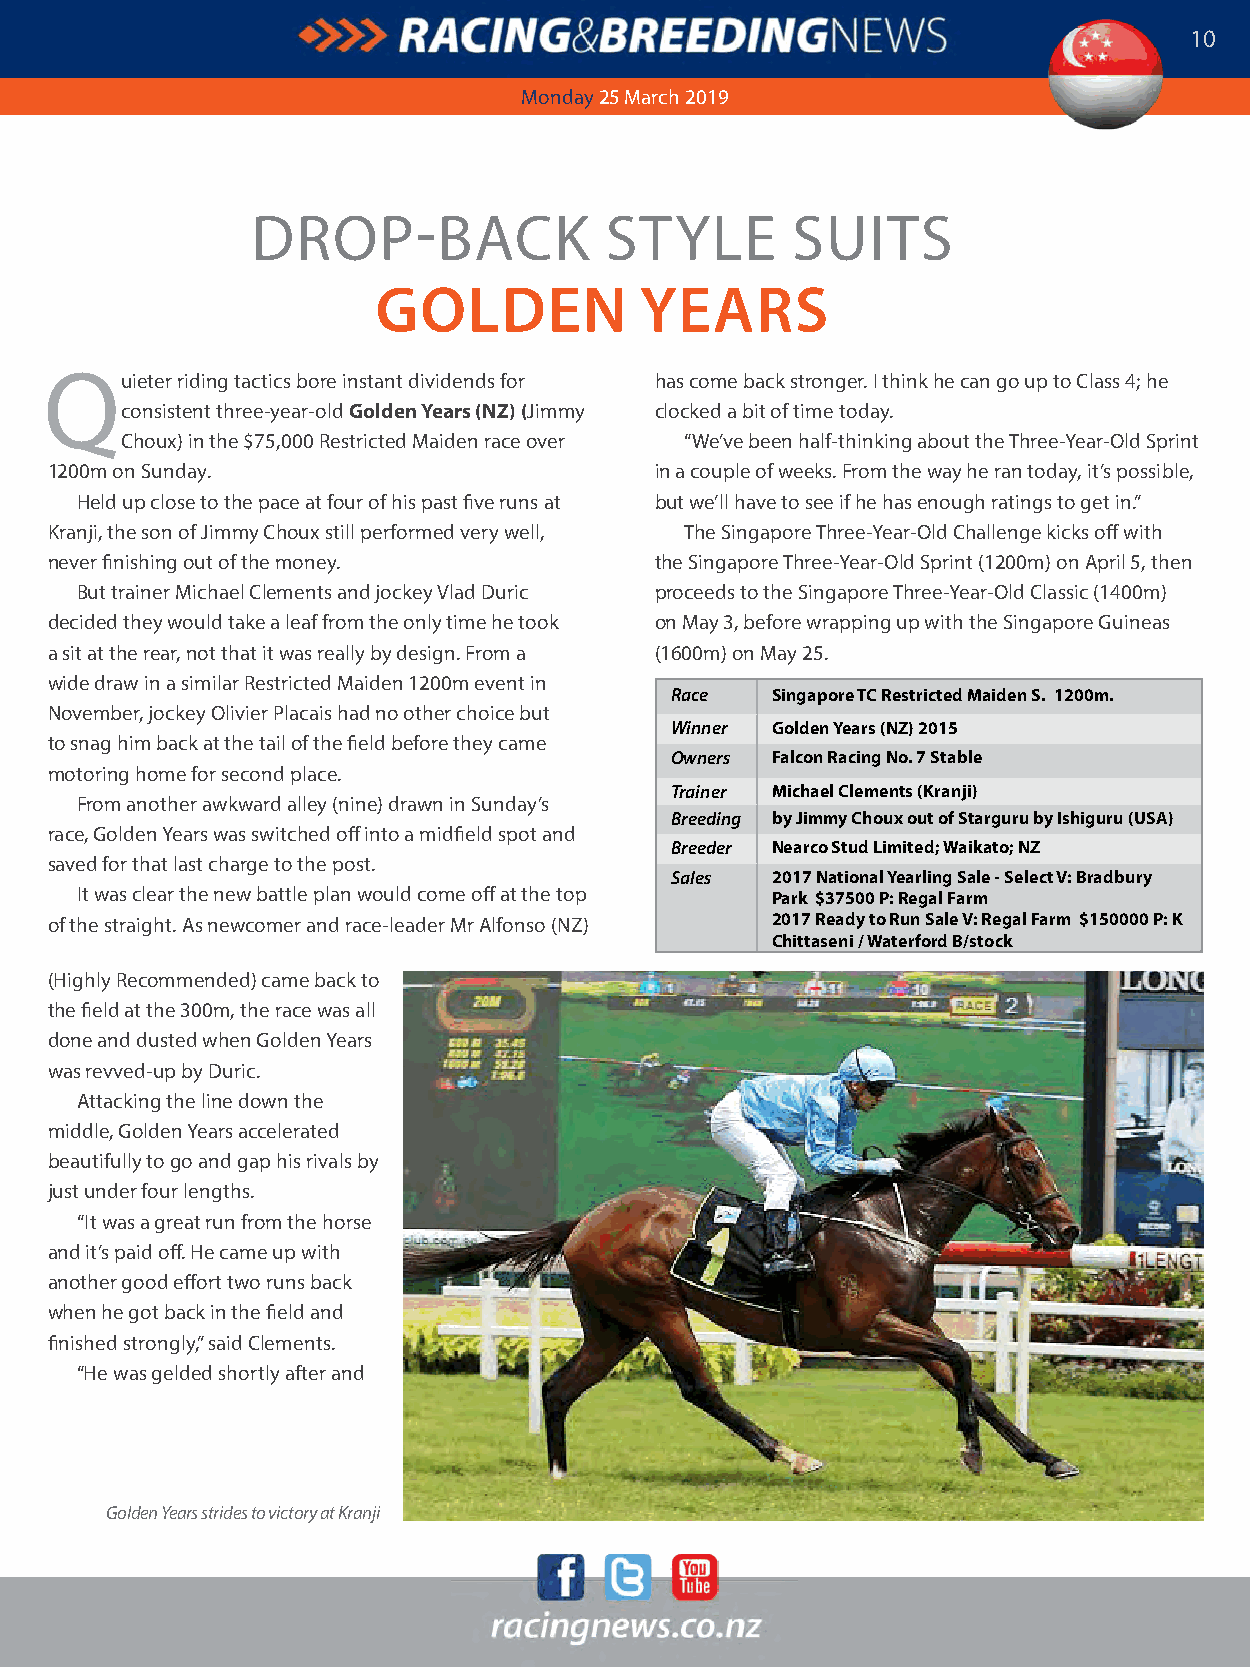
all    tHe      WaY      FoR     azaBo         Y
 IN   CHamPIoNsHIP                    staKes
 10
 Monday 25 March 2019
 DRoP-Back             St    Yle    SuIt     S
 GoldeN           years
 Q
 uieter riding tactics bore instant dividends for has come back stronger. I think he can go up to class 4; he
 consistent three-year-old Golden Years (NZ) (Jimmy clocked a bit of time today.
 choux) in the $75,000 Restricted Maiden race over “We’ve been half-thinking about the three-Year-old Sprint
 1200m on Sunday.                        in a couple of weeks. From the way he ran today, it’s possible,
 Held up close to the pace at four of his past five runs at but we’ll have to see if he has enough ratings to get in.”
 kranji, the son of Jimmy choux still performed very well, the Singapore three-Year-old challenge kicks off with
 never finishing out of the money.       the Singapore three-Year-old Sprint (1200m) on april 5, then
 But trainer Michael clements and jockey Vlad Duric proceeds to the Singapore three-Year-old classic (1400m)
 decided they would take a leaf from the only time he took on May 3, before wrapping up with the Singapore Guineas
 a sit at the rear, not that it was really by design. From a (1600m) on May 25.
 wide draw in a similar Restricted Maiden 1200m event in
 Race   Singapore TC Restricted Maiden S. 1200m.
 november, jockey olivier Placais had no other choice but
 Winner Golden Years (NZ) 2015
 to snag him back at the tail of the field before they came
 Owners Falcon Racing No. 7 Stable
 motoring home for second place.
 Trainer Michael Clements (Kranji)
 From another awkward alley (nine) drawn in Sunday’s
 Breeding by Jimmy Choux out of Starguru by Ishiguru (USA)
 race, Golden Years was switched off into a midfield spot and
 Breeder Nearco Stud Limited; Waikato; NZ
 saved for that last charge to the post.
 Sales  2017 National Yearling Sale - Select V: Bradbury
 It was clear the new battle plan would come off at the top Park $37500 P: Regal Farm
 of the straight. as newcomer and race-leader Mr alfonso (nz) 2017 Ready to Run Sale V: Regal Farm $150000 P: K
 Chittaseni / Waterford B/stock
 (Highly Recommended) came back to
 the field at the 300m, the race was all
 done and dusted when Golden Years
 was revved-up by Duric.
 attacking the line down the
 middle, Golden Years accelerated
 beautifully to go and gap his rivals by
 just under four lengths.
 “It was a great run from the horse
 and it’s paid off. He came up with
 another good effort two runs back
 when he got back in the field and
 finished strongly,” said clements.
 “He was gelded shortly after and
 Golden Years strides to victory at Kranji